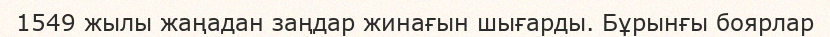
1549 жылы жаңадан заңдар жинағын шығарды. Бұрынғы боярлар